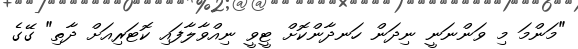
"މަންމަ މި ވަންނަނީ ނިދަން ހަނދާންކޮށް ޓީވީ ނިއްވާލާފައި ކޮޓަރިއަށް ދާތި" ގޭގެ